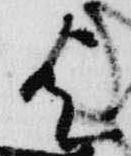
歟